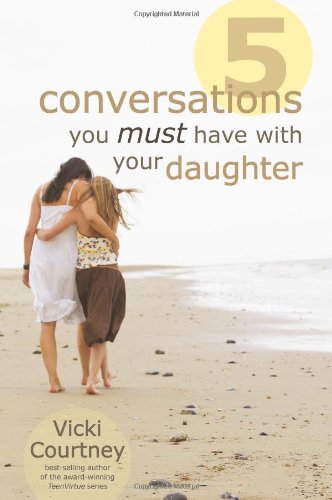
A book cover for Five Conversations You Must Have with Your Daughter; Vicki Courtney; Parenting & Relationships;